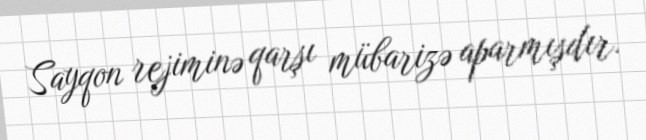
Sayqon rejiminə qarşı mübarizə aparmışdır.